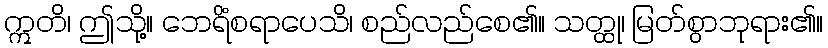
ဣတိ၊ ဤသို့။ ဘေရိံစရာပေသိ၊ စည်လည်စေ၏။ သတ္ထု၊ မြတ်စွာဘုရား၏။